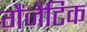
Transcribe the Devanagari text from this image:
गैंजैटिक